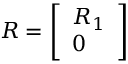
R = { \left[ \begin{array} { l } { R _ { 1 } } \\ { 0 } \end{array} \right] }